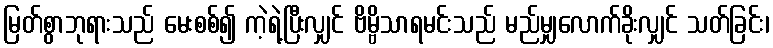
မြတ်စွာဘုရားသည် မေးစစ်၍ ကဲ့ရဲ့ပြီးလျှင် ဗိမ္ဗိသာရမင်းသည် မည်မျှလောက်ခိုးလျှင် သတ်ခြင်း၊